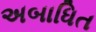
અબાધિત